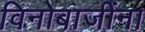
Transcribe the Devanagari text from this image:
विनोबाजींना